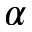
\alpha